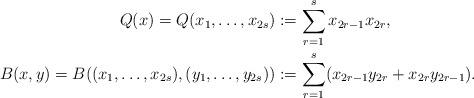
LaTeX: \begin{align*}Q(x)=Q(x_1,\dotsc,x_{2s})&:=\sum_{r=1}^s x_{2r-1}x_{2r},\\B(x,y)=B((x_1,\dotsc,x_{2s}),(y_1,\dotsc,y_{2s}))&:=\sum_{r=1}^s (x_{2r-1}y_{2r}+x_{2r}y_{2r-1}).\end{align*}